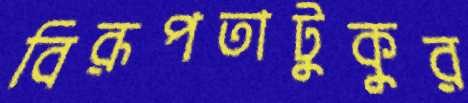
বিরূপতাটুকুর